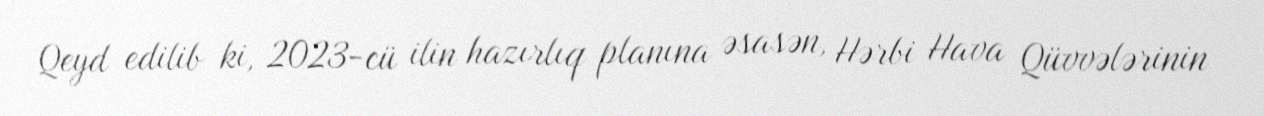
Qeyd edilib ki, 2023-cü ilin hazırlıq planına əsasən, Hərbi Hava Qüvvələrinin